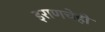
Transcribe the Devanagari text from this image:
इराणचेही